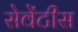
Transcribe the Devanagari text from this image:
सेवेंटीस